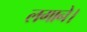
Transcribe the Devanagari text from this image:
लगाने।